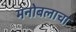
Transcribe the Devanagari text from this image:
मनोबलाचा